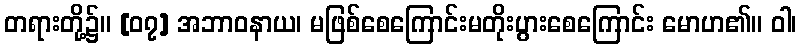
တရားတို့၌။ [၀၇] အဘာဝနာယ၊ မဖြစ်စေကြောင်းမတိုးပွားစေကြောင်း မောဟ၏။ ဝါ၊